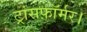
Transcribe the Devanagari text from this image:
ट्रांसफ़ॉर्मर।